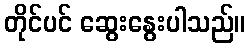
တိုင်ပင် ဆွေးနွေးပါသည်။